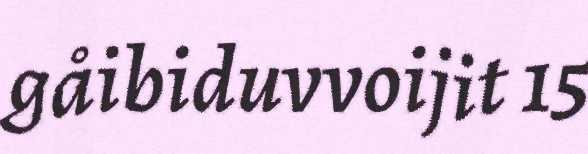
gåibiduvvoijit 15